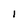
Character: l